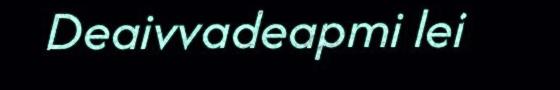
Deaivvadeapmi lei